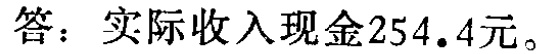
答：实际收入现金\(254.4\)元。